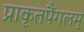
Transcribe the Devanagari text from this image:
प्राकृतपैंगलम्